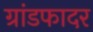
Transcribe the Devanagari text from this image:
ग्रांडफादर